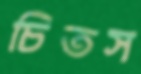
চিতস